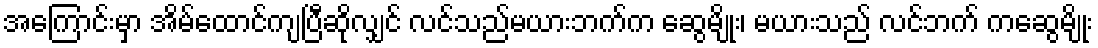
အကြောင်းမှာ အိမ်ထောင်ကျပြီဆိုလျှင် လင်သည်မယားဘက်က ဆွေမျိုး၊ မယားသည် လင်ဘက် ကဆွေမျိုး